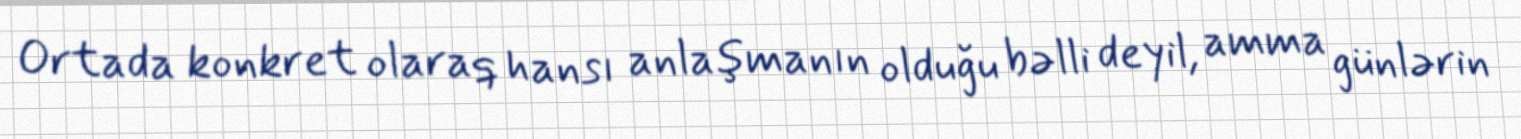
Ortada konkret olaraq hansı anlaşmanın olduğu bəlli deyil, amma günlərin